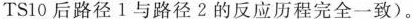
TS10后路径1与路径2的反应历程完全一致)。